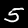
Label: 5